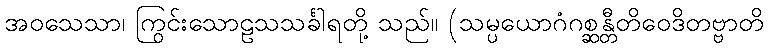
အဝသေသာ၊ ကြွင်းသောဠသသင်္ခါရတို့ သည်။ (သမ္ပယောဂံဂစ္ဆန္တီတိဝေဒိတဗ္ဗာတိ